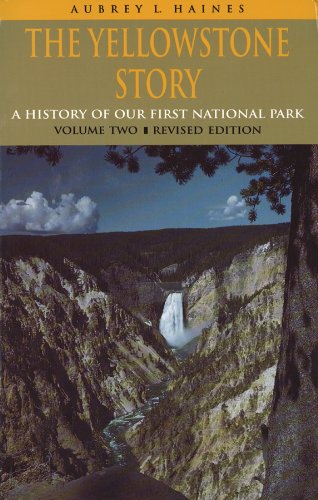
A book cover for The Yellowstone Story, Revised Edition, Volume II: A History of Our First National Park; Aubrey L. Haines; Travel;